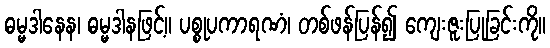
ဓမ္မဒါနေန၊ ဓမ္မဒါနဖြင့်။ ပစ္စုပကာရဏံ၊ တစ်ဖန်ပြန်၍ ကျေးဇူးပြုခြင်းကို။